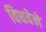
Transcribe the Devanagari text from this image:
विधवेने